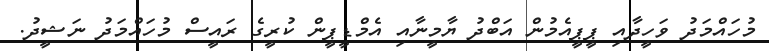
މުހައްމަދު ވަހީދާއި ޕީޕީއެމުން އަބްދު ޔާމީނާއި އެމްޑީޕީން ކުރީގެ ރައީސް މުހައްމަދު ނަޝީދު.